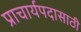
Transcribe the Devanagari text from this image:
प्राचार्यपदासाठी